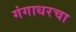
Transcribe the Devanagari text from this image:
गंगाधरचा